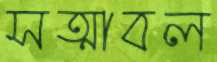
সত্মাবল